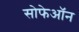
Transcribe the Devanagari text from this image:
सोफेऑन